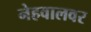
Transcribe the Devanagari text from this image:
नेहवालवर